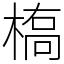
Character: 槗